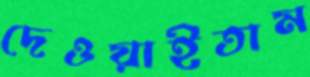
দেওয়াইতাম